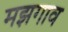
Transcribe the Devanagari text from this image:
मझगाव